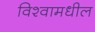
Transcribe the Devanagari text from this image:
विश्वामधील